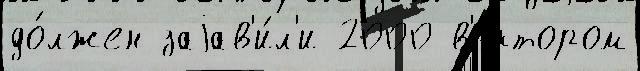
до́лжен заjав'и́л'и 2000 в'е́ктором